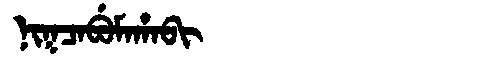
Manchu: ᠨᡳᡴᠴᠠᠪᡠᠮᠠᡥᠠᠪᡳ
Romanization: NIKCABUMAHABI